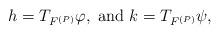
LaTeX: \begin{align*}h=T_{F^{\left(P\right)}}\varphi,\;\mbox{and }k=T_{F^{\left(P\right)}}\psi,\end{align*}